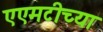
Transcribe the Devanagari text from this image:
एएमटीच्या